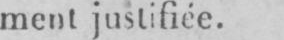
ment justifiée.